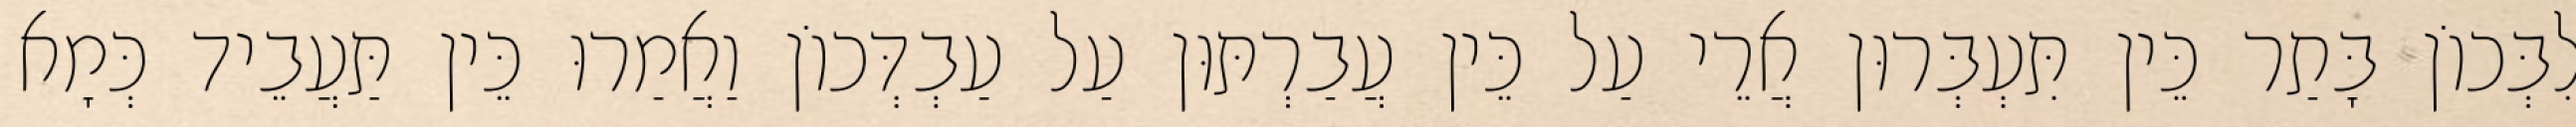
לִבְּכוֹן בָּתַר כֵּין תִּעְבְּרוּן אֲרֵי עַל כֵּין עֲבַרְתּוּן עַל עַבְדְּכוֹן וַאֲמַרוּ כֵּין תַּעֲבֵיד כְּמָא